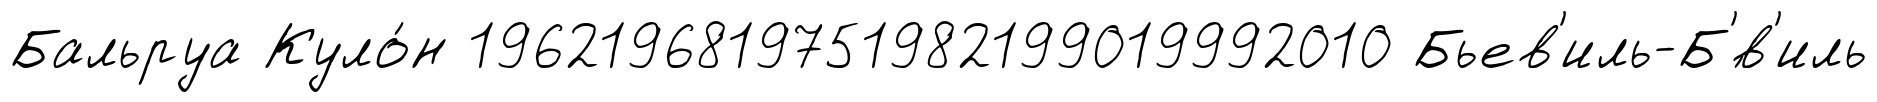
Бальруа Куло́н 1962196819751982199019992010 Бьев'иль-Б'́в'иль